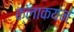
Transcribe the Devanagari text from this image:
क्लाकयन